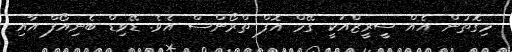
މިގޮތުން އެއް ސީރީޒްއަކީ ގޭމް އޮފް ތްރޯންސް އެވެ. ޑޭވިޑް ބެނިއޯފް އާއި